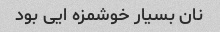
نان بسیار خوشمزه ایی بود